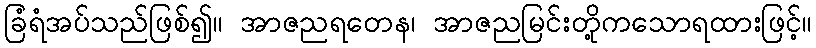
ခြံရံအပ်သည်ဖြစ်၍။ အာဇညရတေန၊ အာဇညမြင်းတို့ကသောရထားဖြင့်။